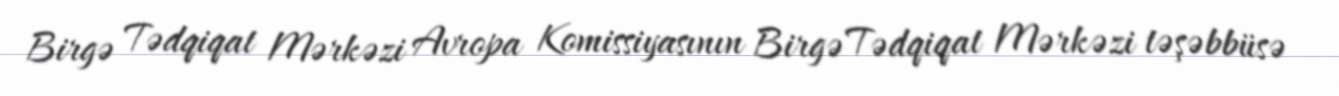
Birgə Tədqiqat Mərkəzi Avropa Komissiyasının Birgə Tədqiqat Mərkəzi təşəbbüsə